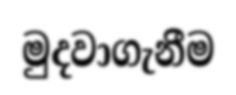
මුදවාගැනීම